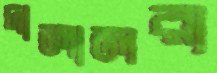
দালালরা